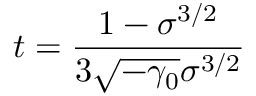
t = \frac { 1 - \sigma ^ { 3 / 2 } } { 3 \sqrt { - \gamma _ { 0 } } \sigma ^ { 3 / 2 } }